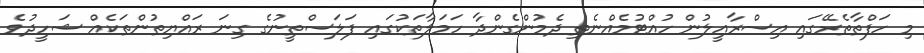
މި ހަފްތާތެރޭގައި އިސްރާއީލުން ހުއްޓުމެއްނެތި ދެމުންގެންދާ ހަމަލާތަކުގައި ފަލަސްތީނުގެ ގިނަ ރައްޔިތުންތަކެއް ޝަހީދުވެ